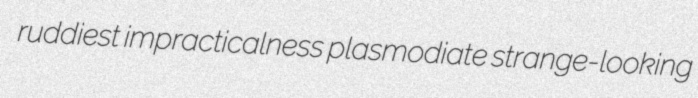
ruddiest impracticalness plasmodiate strange-looking